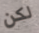
لكن